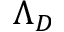
\Lambda _ { D }